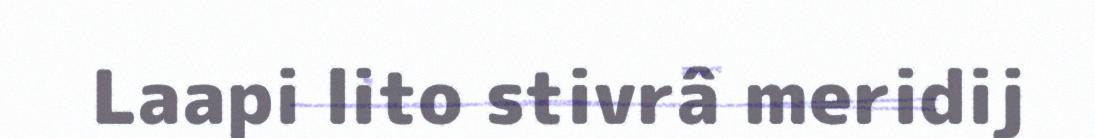
Laapi lito stivrâ meridij